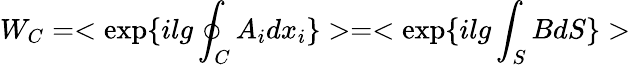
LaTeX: W_{C}=<\exp\{ ilg\oint_{C}A_{i}dx_{i}\} >=<\exp\{ ilg\int_{S}BdS\} >